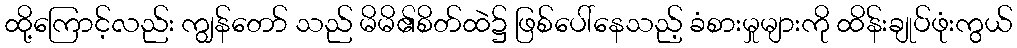
ထို့ကြောင့်လည်း ကျွန်တော် သည် မိမိ၏စိတ်ထဲ၌ ဖြစ်ပေါ်နေသည့် ခံစားမှုများကို ထိန်းချုပ်ဖုံးကွယ်